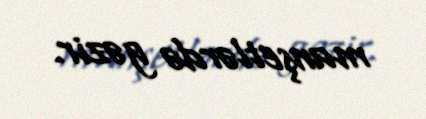
manşetlərdə gəzir.